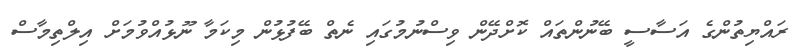
ރައްޔިތުންގެ އަސާސީ ބޭނުންތައް ކޮށްދޭން ވިސްނުމުގައި ނެތް ބޭފުޅުން މިކަމާ ނޫޅުއްވުމަށް އިލްތިމާސް